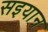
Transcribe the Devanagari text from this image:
सइयान